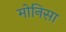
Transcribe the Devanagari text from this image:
मोनिसा